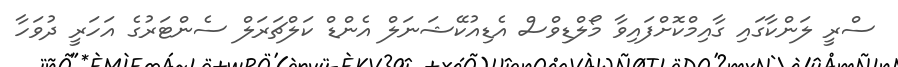
ސްރީ ލަންކާގައި ގާއިމްކޮށްފައިވާ މޯލްޑިވްސް އެޑިއުކޭޝަނަލް އެންޑް ކަލްޗަރަލް ސެންޓަރުގެ އަހަރީ ދުވަހާ